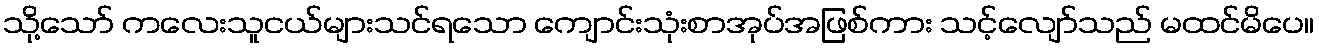
သို့သော် ကလေးသူငယ်များသင်ရသော ကျောင်းသုံးစာအုပ်အဖြစ်ကား သင့်လျော်သည် မထင်မိပေ။